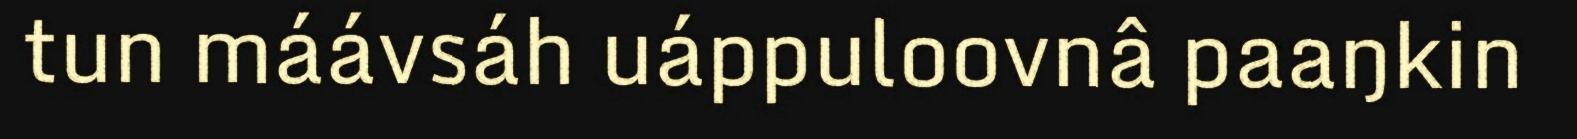
tun máávsáh uáppuloovnâ paaŋkin